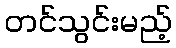
တင်သွင်းမည့်